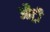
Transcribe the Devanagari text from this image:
औट्री